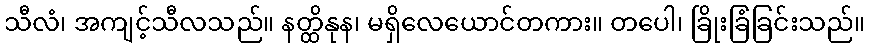
သီလံ၊ အကျင့်သီလသည်။ နတ္ထိနုန၊ မရှိလေယောင်တကား။ တပေါ၊ ခြိုးခြံခြင်းသည်။